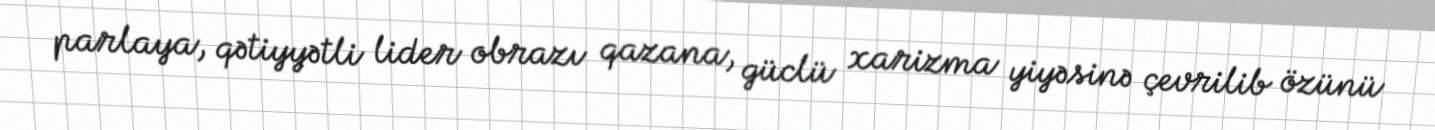
parlaya, qətiyyətli lider obrazı qazana, güclü xarizma yiyəsinə çevrilib özünü